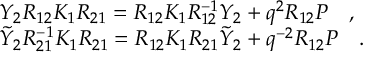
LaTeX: \begin{array} { l } { { Y _ { 2 } R _ { 1 2 } K _ { 1 } R _ { 2 1 } = R _ { 1 2 } K _ { 1 } R _ { 1 2 } ^ { - 1 } Y _ { 2 } + q ^ { 2 } R _ { 1 2 } { \cal P } \quad , } } \\ { { \tilde { Y } _ { 2 } R _ { 2 1 } ^ { - 1 } K _ { 1 } R _ { 2 1 } = R _ { 1 2 } K _ { 1 } R _ { 2 1 } \tilde { Y } _ { 2 } + q ^ { - 2 } R _ { 1 2 } { \cal P } \quad . } } \end{array}